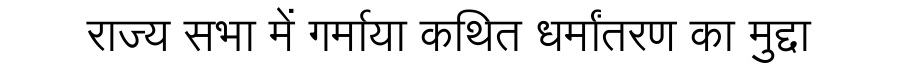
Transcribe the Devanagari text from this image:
राज्य सभा में गर्माया कथित धर्मांतरण का मुद्दा